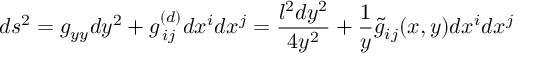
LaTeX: d s ^ { 2 } = g _ { y y } d y ^ { 2 } + g _ { \, i j } ^ { ( d ) } d x ^ { i } d x ^ { j } = { \frac { l ^ { 2 } d y ^ { 2 } } { 4 y ^ { 2 } } } + { \frac { 1 } { y } } \tilde { g } _ { i j } ( x , y ) d x ^ { i } d x ^ { j } \,